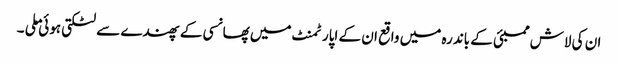
ان کی لاش ممبئی کے باندرہ میں واقع ان کے اپارٹمنٹ میں پھانسی کے پھندے سے لٹکتی ہوئی ملی ۔